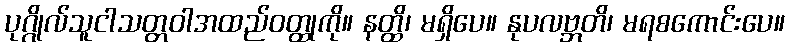
ပုဂ္ဂိုလ်သူငါသတ္တဝါအထည်ဝတ္ထုကို။ နတ္ထိ၊ မရှိပေ။ နုပလဗ္ဘတိ၊ မရစကောင်းပေ။